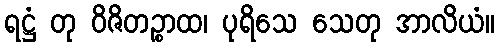
ရဋ္ဌံ တု ဝိဇိတဉ္စာထ၊ ပုရိသေ သေတု အာလိယံ။